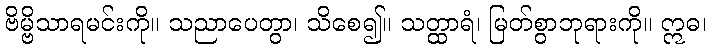
ဗိမ္ဗိသာရမင်းကို။ သညာပေတွာ၊ သိစေ၍။ သတ္ထာရံ၊ မြတ်စွာဘုရားကို။ ဣဓ၊